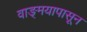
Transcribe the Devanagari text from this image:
वाङ्‌मयापासून